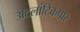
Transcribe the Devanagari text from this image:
अटलांटिकपार